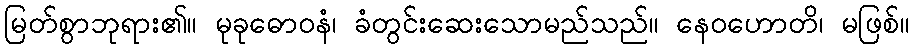
မြတ်စွာဘုရား၏။ မုခုဓောဝနံ၊ ခံတွင်းဆေးသောမည်သည်။ နေဝဟောတိ၊ မဖြစ်။